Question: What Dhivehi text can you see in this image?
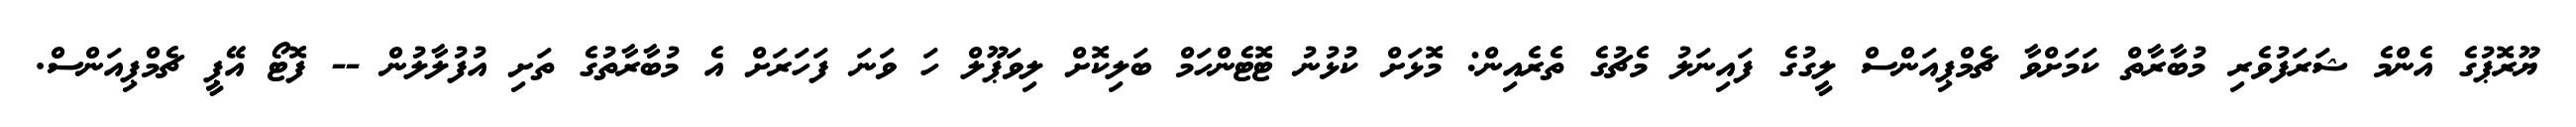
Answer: ޔޫރޮޕުގެ އެންމެ ޝަރަފުވެރި މުބާރާތް ކަމަށްވާ ޗެމްޕިއަންސް ލީގުގެ ފައިނަލު މެޗުގެ ތެރެއިން: މޮޅަށް ކުޅުނު ޓޮޓެންހަމް ބަލިކޮށް ލިވަޕޫލް ހަ ވަނަ ފަހަރަށް އެ މުބާރާތުގެ ތަށި އުފުލާލުން -- ފޮޓޯ އޭޕީ ޗެމްޕިއަންސް.